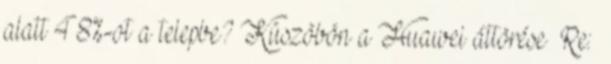
alatt 48%-ot a telepbe? Küszöbön a Huawei áttörése Re: